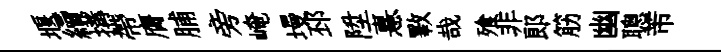
堰續搆帶膺脯旁崦墁邳陞憙斁哉飱非郞筋幽聰芾